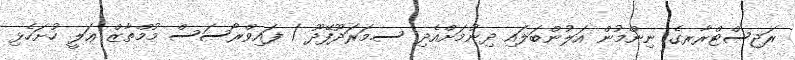
ރަޖިސްޓްރާރގެ ނިންމުން އަލުންބަލައި ދިނުމަށްއެދި ސ.މަރަދޫފޭދޫ / ފައިވްރޯސަސް މުމްތާޒް ޢަލީ ހުށަހެޅި